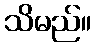
သိမည်။